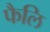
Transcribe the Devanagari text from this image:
फैलि